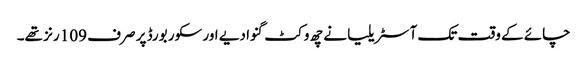
چائے کے وقت تک آسٹریلیا نے چھ وکٹ گنوا دیے اور سکور بورڈ پر صرف 109 رنز تھے۔